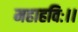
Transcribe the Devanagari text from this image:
महाहविः।।